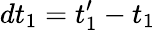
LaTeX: dt_{1}=t_{1}^{\prime}-t_{1}